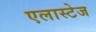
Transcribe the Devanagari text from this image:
एलास्टेज